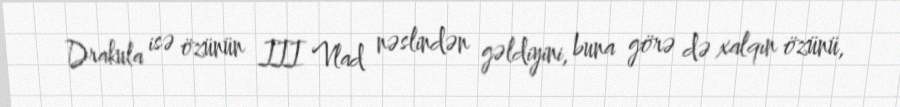
Drakula isə özünün III Vlad nəslindən gəldiyini, buna görə də xalqın özünü,